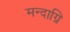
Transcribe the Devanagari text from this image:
मन्दाग्नि